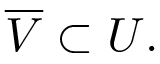
{ \overline { { V } } } \subset U .